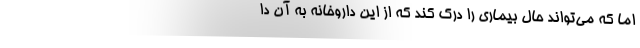
اما که می‌تواند حال بیماری را درک کند که از این داروخانه به آن دا